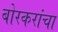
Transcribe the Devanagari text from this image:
बोरकरांचा